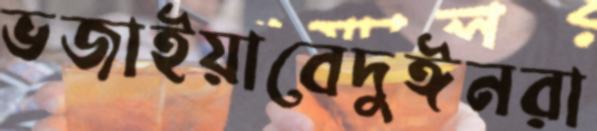
ভজাইয়াবেদুঈনরা